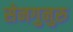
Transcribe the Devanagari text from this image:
सेनगुनुरु